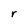
Character: r